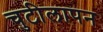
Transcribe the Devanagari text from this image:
चुटीलापन